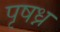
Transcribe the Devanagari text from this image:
पृषध्न